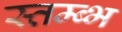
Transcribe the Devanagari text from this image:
स्तम्ब्भ